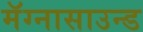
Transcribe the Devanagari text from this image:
मॅग्नासाउन्ड